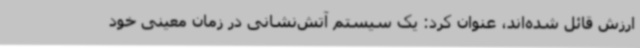
ارزش قائل شده‌اند، عنوان کرد: یک سیستم آتش‌نشانی در زمان معینی خود